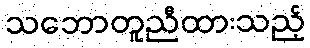
သဘောတူညီထားသည့်